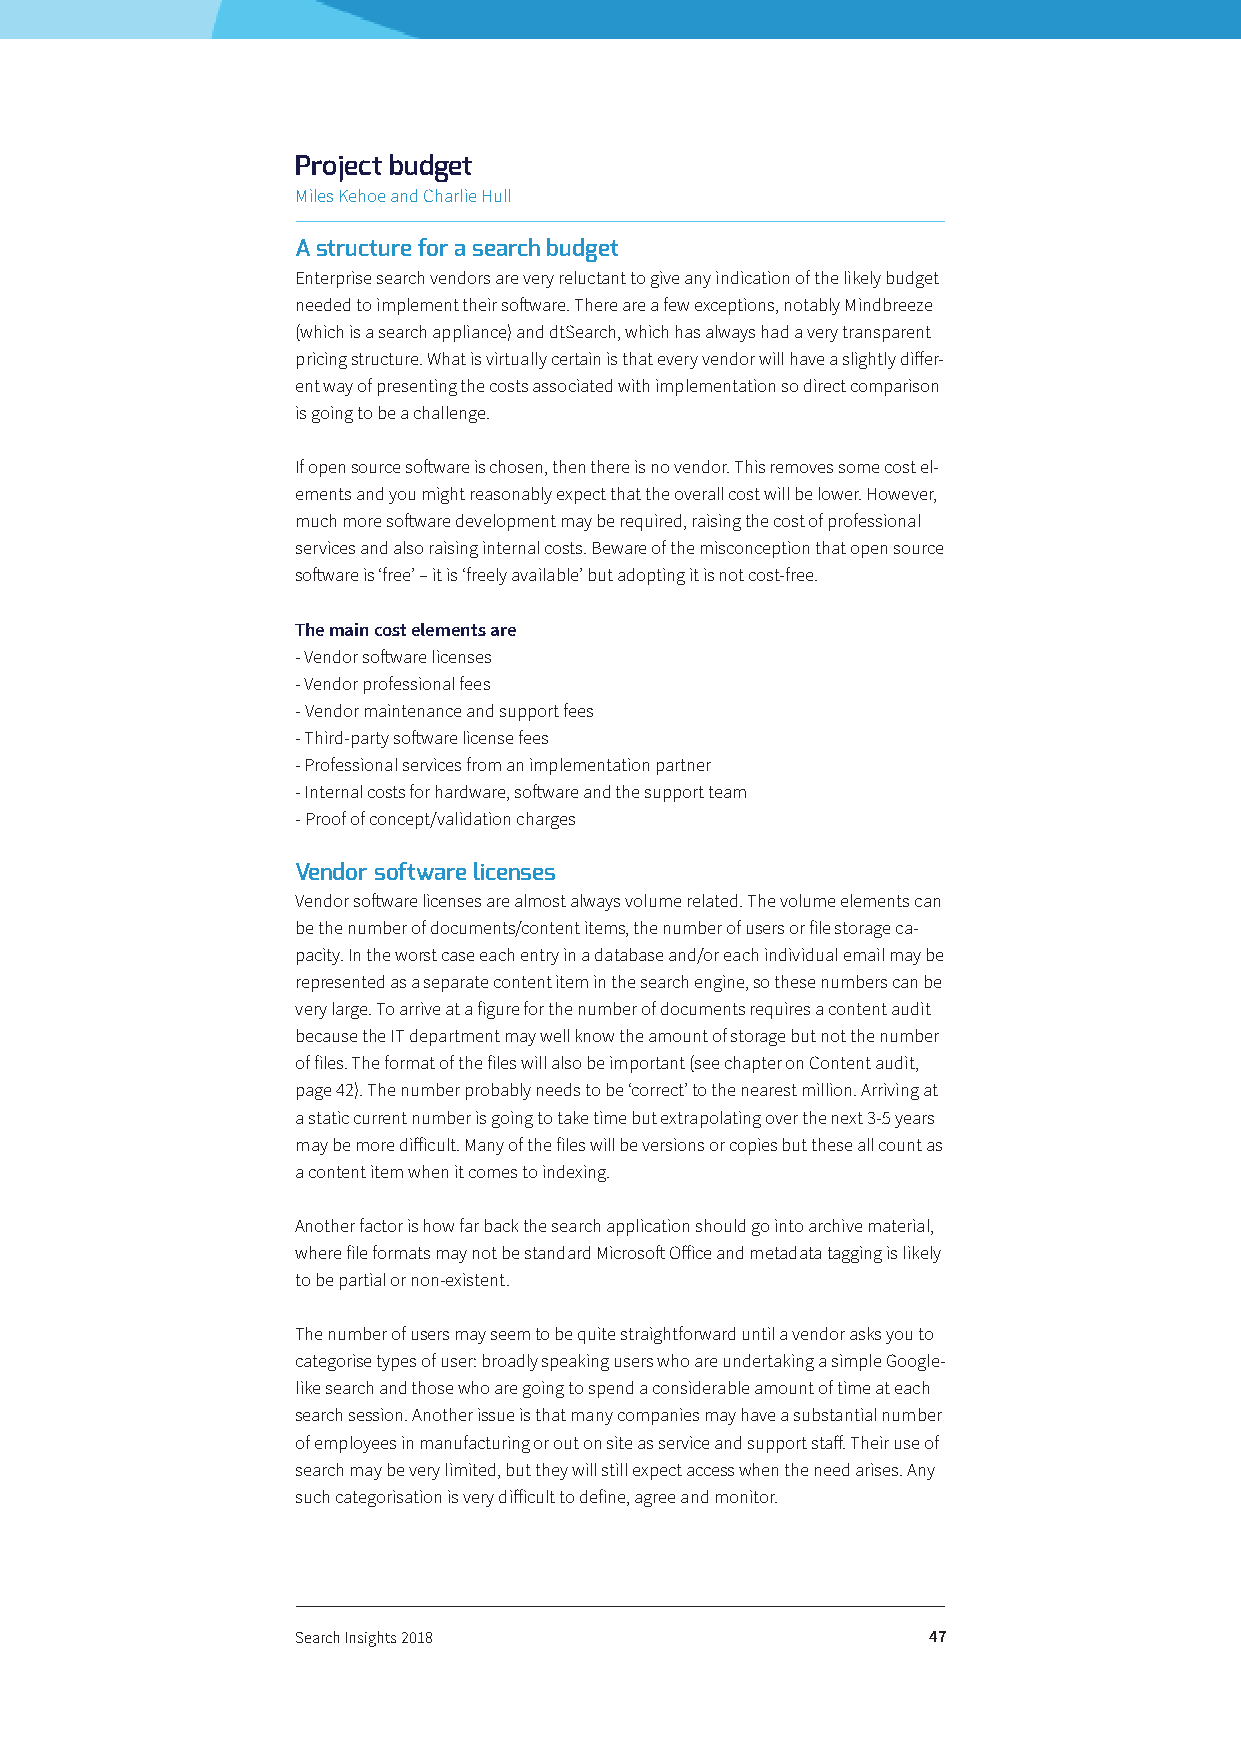
Project budget
 Miles Kehoe and Charlie Hull
 A structure for a search budget
 Enterprise search vendors are very reluctant to give any indication of the likely budget
 needed to implement their software. There are a few exceptions, notably Mindbreeze
 (which is a search appliance) and dtSearch, which has always had a very transparent
 pricing structure. What is virtually certain is that every vendor will have a slightly differ-
 ent way of presenting the costs associated with implementation so direct comparison
 is going to be a challenge.
 If open source software is chosen, then there is no vendor. This removes some cost el-
 ements and you might reasonably expect that the overall cost will be lower. However,
 much more software development may be required, raising the cost of professional
 services and also raising internal costs. Beware of the misconception that open source
 software is ‘free’ – it is ‘freely available’ but adopting it is not cost-free.
 The main cost elements are
 - Vendor software licenses
 - Vendor professional fees
 - Vendor maintenance and support fees
 - Third-party software license fees
 - Professional services from an implementation partner
 - Internal costs for hardware, software and the support team
 - Proof of concept/validation charges
 Vendor software licenses
 Vendor software licenses are almost always volume related. The volume elements can
 be the number of documents/content items, the number of users or file storage ca-
 pacity. In the worst case each entry in a database and/or each individual email may be
 represented as a separate content item in the search engine, so these numbers can be
 very large. To arrive at a figure for the number of documents requires a content audit
 because the IT department may well know the amount of storage but not the number
 of files. The format of the files will also be important (see chapter on Content audit,
 page 42). The number probably needs to be ‘correct’ to the nearest million. Arriving at
 a static current number is going to take time but extrapolating over the next 3-5 years
 may be more difficult. Many of the files will be versions or copies but these all count as
 a content item when it comes to indexing.
 Another factor is how far back the search application should go into archive material,
 where file formats may not be standard Microsoft Office and metadata tagging is likely
 to be partial or non-existent.
 The number of users may seem to be quite straightforward until a vendor asks you to
 categorise types of user: broadly speaking users who are undertaking a simple Google-
 like search and those who are going to spend a considerable amount of time at each
 search session. Another issue is that many companies may have a substantial number
 of employees in manufacturing or out on site as service and support staff. Their use of
 search may be very limited, but they will still expect access when the need arises. Any
 such categorisation is very difficult to define, agree and monitor.
 Search Insights 2018                     47